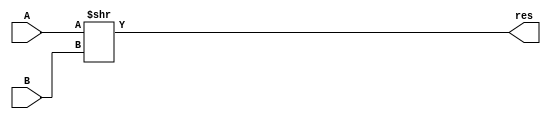
module srl(
input[31:0] A,
input[31:0] B,
output[31:0] res
    );
    assign res  = A >> B;
endmodule